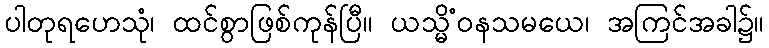
ပါတုရဟေသုံ၊ ထင်စွာဖြစ်ကုန်ပြီ။ ယသ္မိံဝနသမယေ၊ အကြင်အခါ၌။